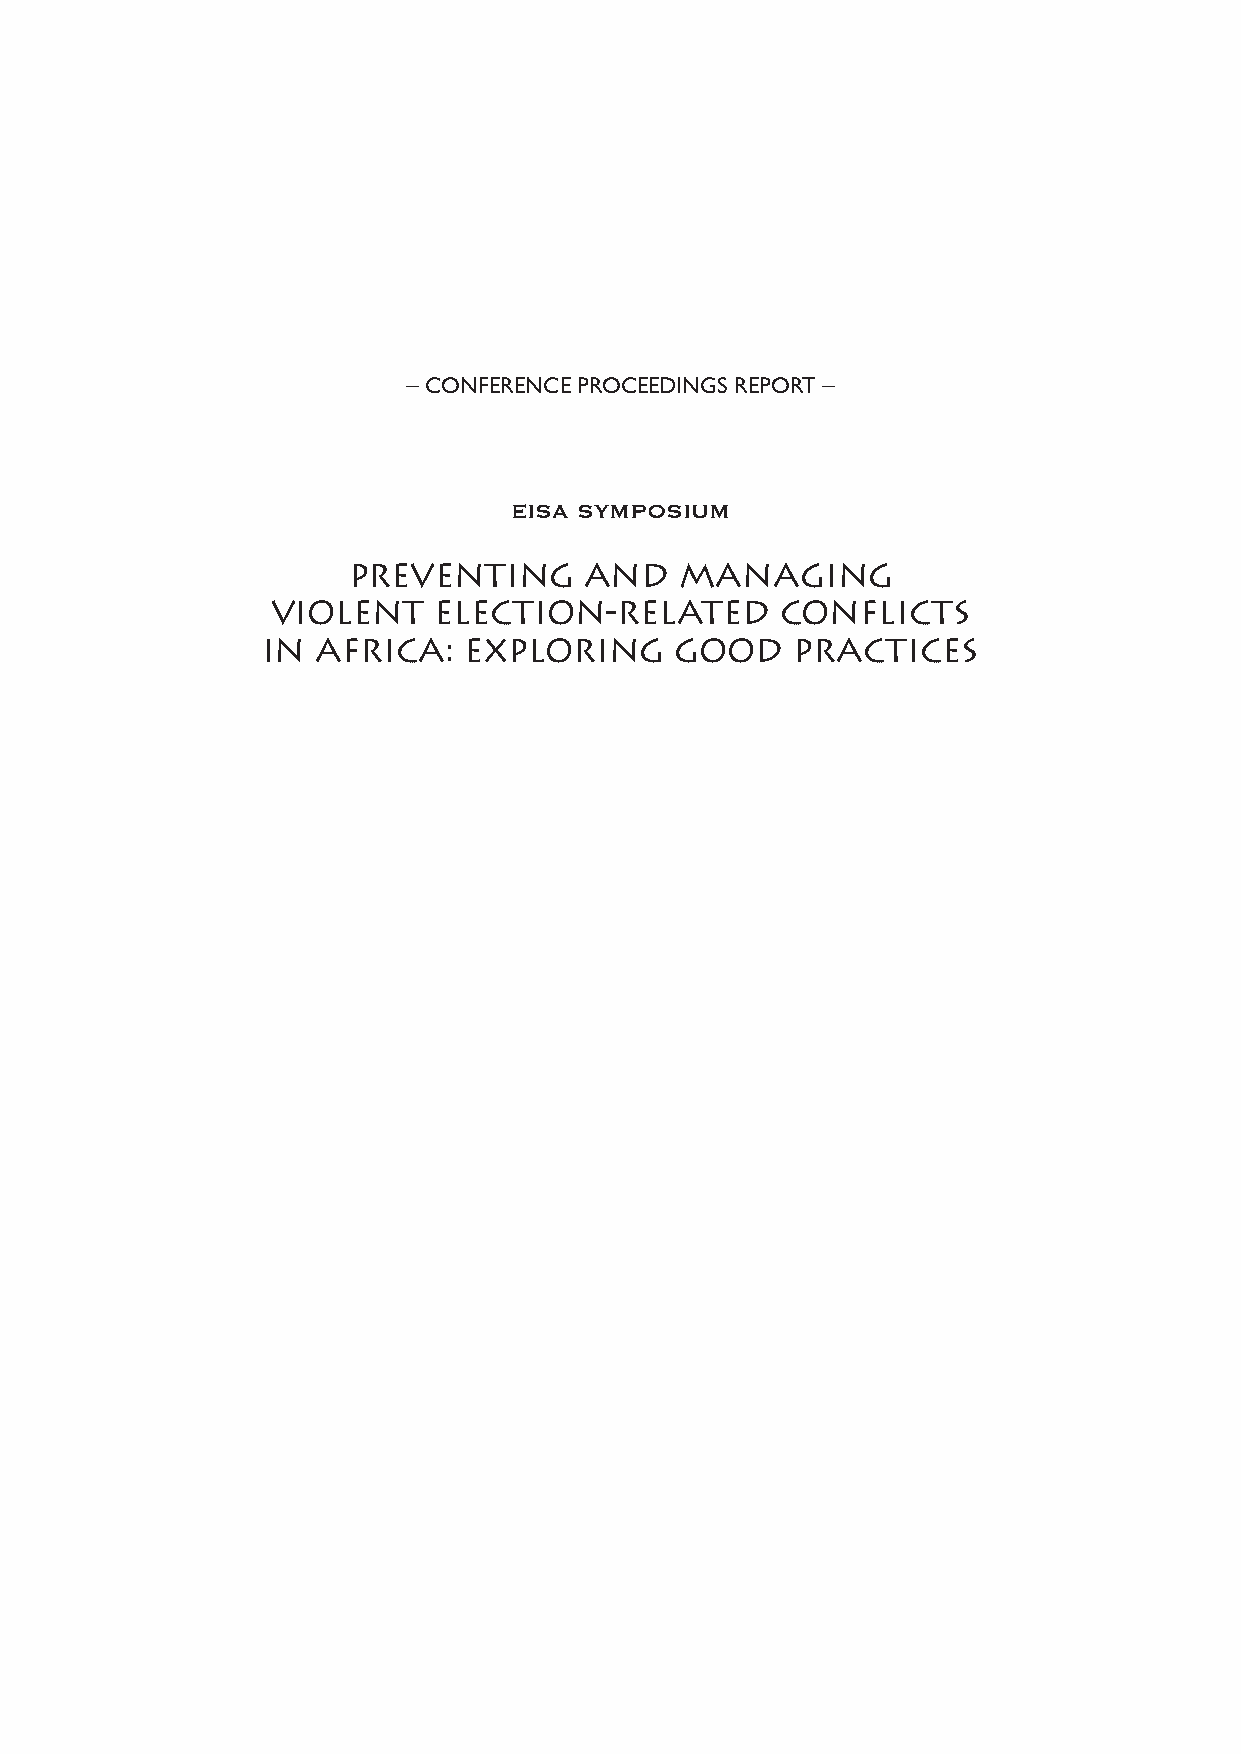
i
 – CONFERENCE PROCEEDINGS REPORT –
 EISA SYMPOSIUM
 PREVENTING      AND   MANAGING
 VIOLENT    ELECTION-RELATED       CONFLICTS
 IN  AFRICA:   EXPLORING     GOOD    PRACTICES